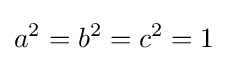
a^{2}=b^{2}=c^{2}=1